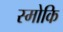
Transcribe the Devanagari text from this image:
स्मोकि